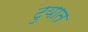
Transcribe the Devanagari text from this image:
टुयात